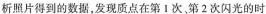
析照片得到的数据，发现质点在第1次、第2次闪光的